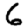
Digit: 6